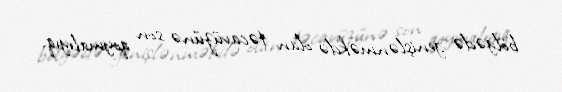
bölgədə genişlənməkdə olan təcavüzünə son qoymalıyıq.